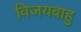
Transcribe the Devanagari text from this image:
विजयबाहु